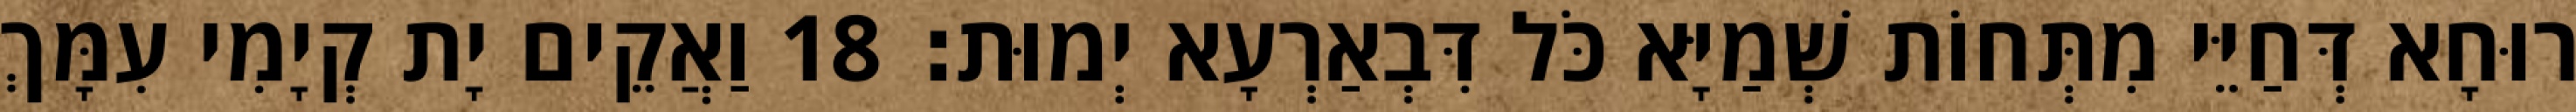
רוּחָא דְּחַיֵּי מִתְּחוֹת שְׁמַיָּא כֹּל דִּבְאַרְעָא יְמוּת׃ 18 וַאֲקֵים יָת קְיָמִי עִמָּךְ